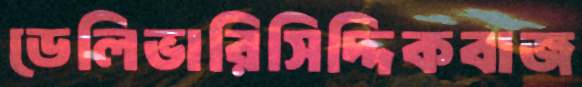
ডেলিভারিসিদ্দিকবাজ